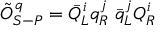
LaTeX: \tilde { \cal O } _ { S - P } ^ { q } = { \bar { Q } } _ { L } ^ { i } q _ { R } ^ { j } \; { \bar { q } } _ { L } ^ { j } Q _ { R } ^ { i }